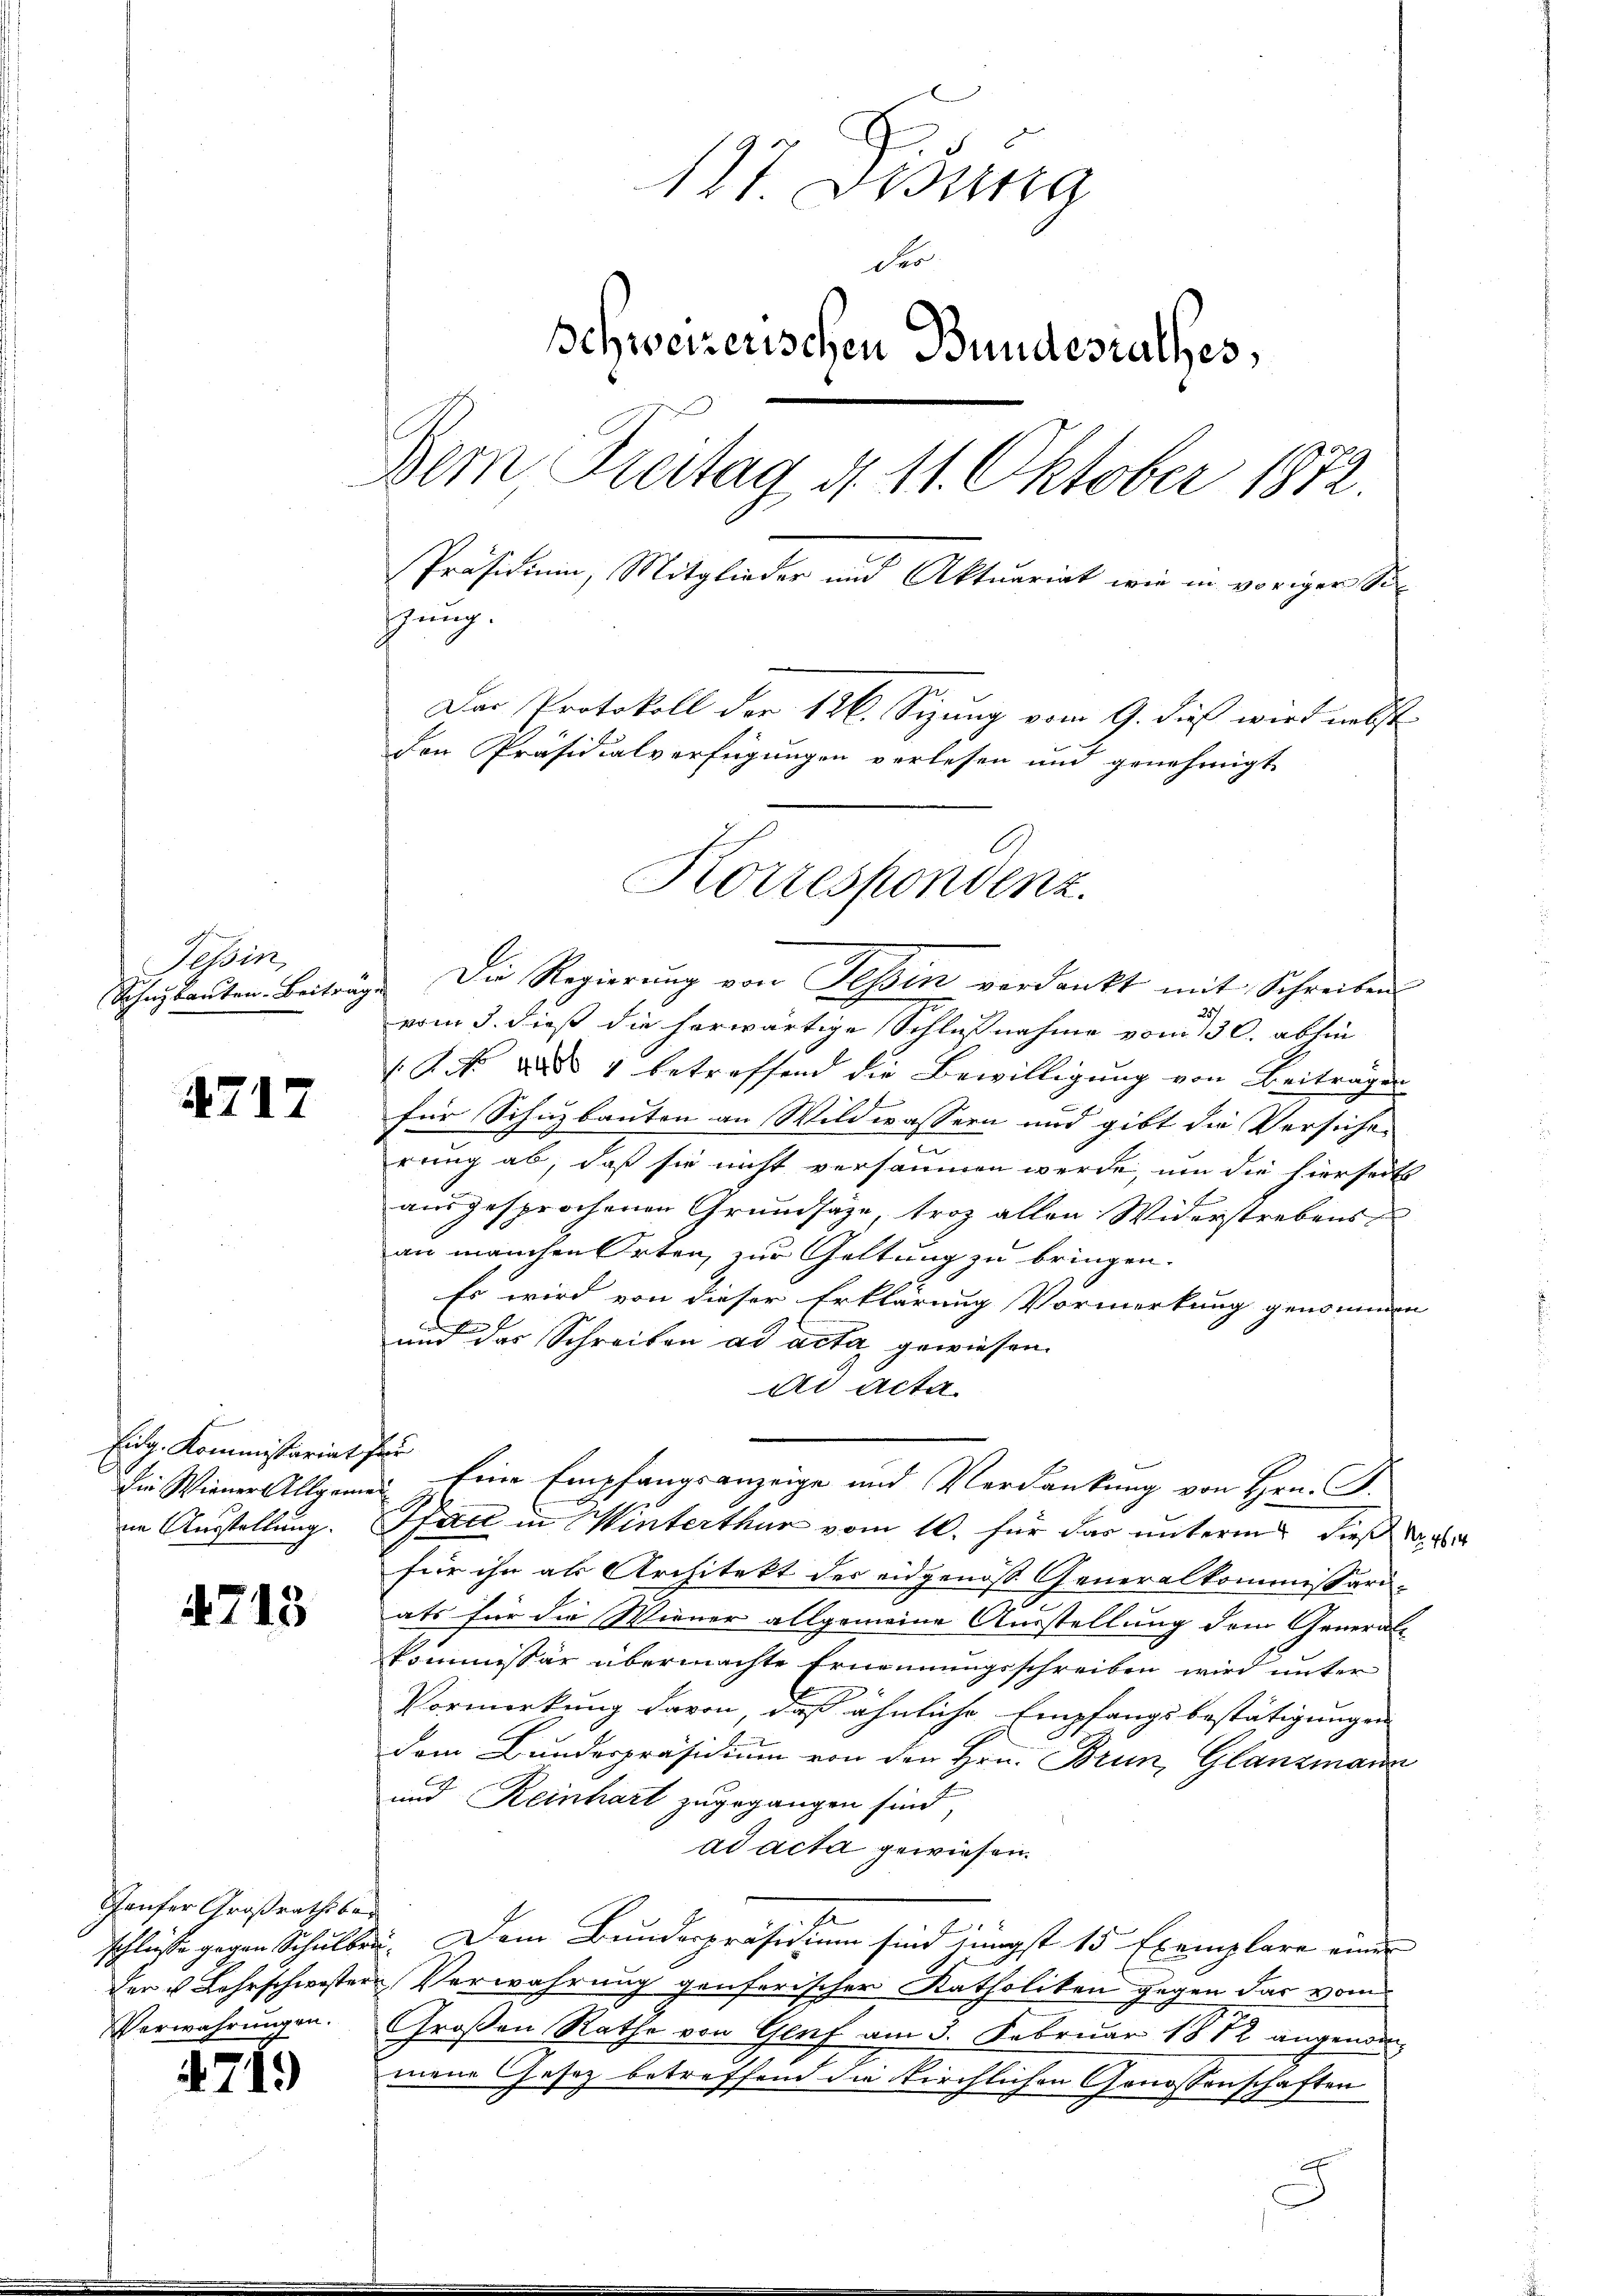
Tessin,
Sohn bauten. Beiträg

4717

Eidg. Kommissariat
Die Wiener Allgeme

4713

Taufer Großrathsber
Der u Lehrschwester

719

117 dessung
der
Schweizerischen Bundesrathes,
Dem Treitag d. 11. Oktober 1872.
Präsidium, Mitglieder und Aktuariat wie in voriger Sizung.
Der Protokoll der 126. Sizung vom 9. dieß wird nebst
den Präsidialverfügungen verlesen und genehmigt
C

Die Regierung von Tessin verdankt mit Schreiben
29
vom 3. dieß die herwärtige Schlußnahme vom 130. abhin
ko daß 4 betreffend die Bewilligung von Beiträgen
für Schuzbauten an Wildwassern und gibt die Versichen
rung ab, daß sie nicht versäumen werde, um die hierseits
ausgesprochenen Grundsätze, troz allen Widerstrebens
an manchen Orten, zur Geltung zu bringen.
Es wird von dieser Erklärung Vormerkung genommen
ad
und das Schreiben ad acta gewiesen.
ad acta
f
u keine Empfangsanzeige und Verdankung von Hrn. F.
im Ausstellung. Fall in Winterthur vom 10. für das unterm dieß Na
für ihn als Architekt des eidgenoß Generalkommissari-
ats für die Wiener allgemeine Ausstellung dem General-
kommissär übermachte Ernennungsschreiben wird unter
Vormerkung davon, daß ähnliche Empfangsbestätigungen |
dem Bundespräsidium von den Hrn. Brun, Glanzmann
und Reinhart zugegangen sind,
ad acta gewiesen.
schlüsse gegen Schulben. Dem Bundespräsidium sind jüngst 15 Exemplare einer
Verwahrung genferischer Katholiken gegen das vom
Verwahrungen. Großen Rathe von Genf am 5. Februar 1872 angenommene Gesetz betreffend die kirchlichen Genossenschaften
A
d

Korrespondenz